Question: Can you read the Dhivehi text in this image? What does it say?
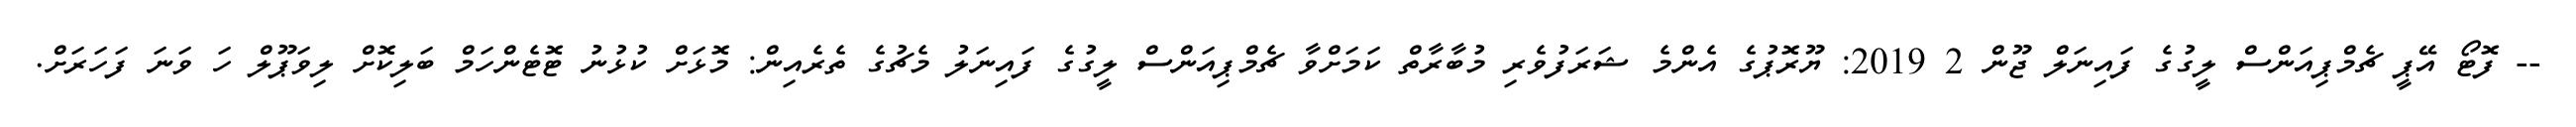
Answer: -- ފޮޓޯ އޭޕީ ޗެމްޕިއަންސް ލީގުގެ ފައިނަލް ޖޫން 2 2019: ޔޫރޮޕުގެ އެންމެ ޝަރަފުވެރި މުބާރާތް ކަމަށްވާ ޗެމްޕިއަންސް ލީގުގެ ފައިނަލު މެޗުގެ ތެރެއިން: މޮޅަށް ކުޅުނު ޓޮޓެންހަމް ބަލިކޮށް ލިވަޕޫލް ހަ ވަނަ ފަހަރަށް.